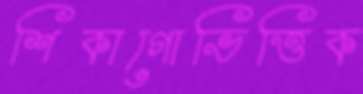
শিকাগোভিত্তিক